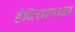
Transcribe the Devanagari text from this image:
हेदिचापाडा